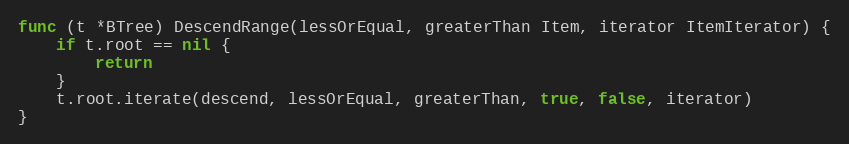
Language: Go
func (t *BTree) DescendRange(lessOrEqual, greaterThan Item, iterator ItemIterator) {
	if t.root == nil {
		return
	}
	t.root.iterate(descend, lessOrEqual, greaterThan, true, false, iterator)
}